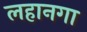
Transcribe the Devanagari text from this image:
लहानगा